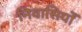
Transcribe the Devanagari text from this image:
निवासियोँ